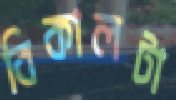
বিকালটা